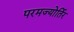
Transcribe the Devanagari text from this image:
परमज्‍योर्तिर